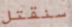
سنقتل